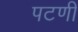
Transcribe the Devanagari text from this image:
पटणी